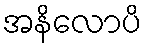
အနိလောပိ